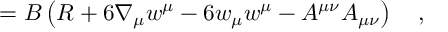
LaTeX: = B \left( R + 6 \nabla _ { \mu } w ^ { \mu } - 6 w _ { \mu } w ^ { \mu } - A ^ { \mu \nu } A _ { \mu \nu } \right) ~ ~ ~ ,